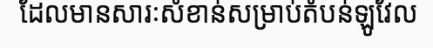
ដែលមានសារៈសំខាន់សម្រាប់តំបន់ឡូវែល